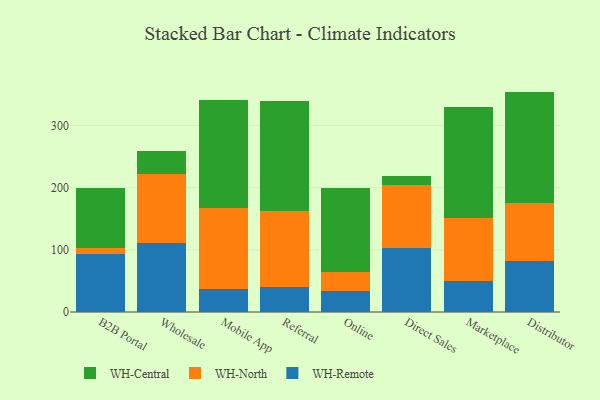
{"axis": {"x": "Channel", "y": "Website Visitors"}, "legend": ["WH-Central", "WH-North", "WH-Remote"], "data": [{"x": "B2B Portal", "y": 93.8, "type": "WH-Remote"}, {"x": "B2B Portal", "y": 9.6, "type": "WH-North"}, {"x": "B2B Portal", "y": 96.7, "type": "WH-Central"}, {"x": "Wholesale", "y": 110.6, "type": "WH-Remote"}, {"x": "Wholesale", "y": 110.9, "type": "WH-North"}, {"x": "Wholesale", "y": 38.4, "type": "WH-Central"}, {"x": "Mobile App", "y": 37.3, "type": "WH-Remote"}, {"x": "Mobile App", "y": 130.7, "type": "WH-North"}, {"x": "Mobile App", "y": 174.0, "type": "WH-Central"}, {"x": "Referral", "y": 40.2, "type": "WH-Remote"}, {"x": "Referral", "y": 122.6, "type": "WH-North"}, {"x": "Referral", "y": 176.8, "type": "WH-Central"}, {"x": "Online", "y": 33.4, "type": "WH-Remote"}, {"x": "Online", "y": 31.7, "type": "WH-North"}, {"x": "Online", "y": 134.3, "type": "WH-Central"}, {"x": "Direct Sales", "y": 103.0, "type": "WH-Remote"}, {"x": "Direct Sales", "y": 100.7, "type": "WH-North"}, {"x": "Direct Sales", "y": 15.6, "type": "WH-Central"}, {"x": "Marketplace", "y": 49.6, "type": "WH-Remote"}, {"x": "Marketplace", "y": 102.0, "type": "WH-North"}, {"x": "Marketplace", "y": 178.0, "type": "WH-Central"}, {"x": "Distributor", "y": 82.6, "type": "WH-Remote"}, {"x": "Distributor", "y": 93.6, "type": "WH-North"}, {"x": "Distributor", "y": 178.6, "type": "WH-Central"}]}